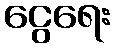
ငွေရေး